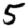
Digit: 5